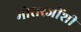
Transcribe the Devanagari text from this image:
मोरारजींशी